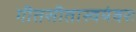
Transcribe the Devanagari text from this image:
गीतसीतास्वयंवरः